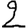
Digit: 2